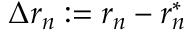
\Delta r _ { n } : = r _ { n } - r _ { n } ^ { \ast }